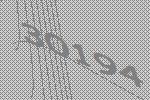
30194